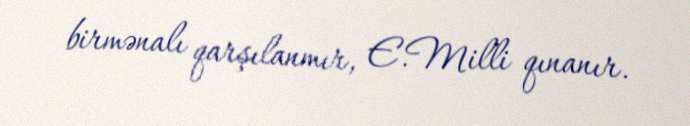
birmənalı qarşılanmır, E.Milli qınanır.